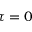
\tau = 0